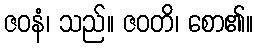
ဇဝနံ၊ သည်။ ဇဝတိ၊ စော၏။